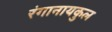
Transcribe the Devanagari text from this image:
रंगानायकुल